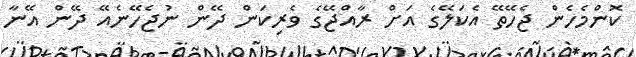
ކޮންމެހެން ޖެހޭތޭ އެކަލޭގެ އަށް ރާއްޖޭގެ ވެރިކަން ދޭން ނުޖެހޭނެއޭ ދޭން އޭނާ